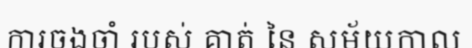
ការចងចាំ របស់ គាត់ នៃ សម័យកាល